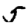
Digit: 5